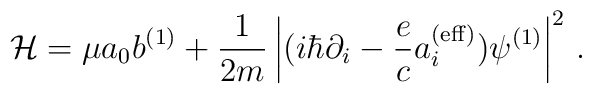
{\cal H}= \mu a_0 b^{(1)}+ {1 \over 2m}  \left|(i \hbar \partial_i - {e\over c} a_i^{({\rm eff})} )\psi^{(1)} \right|^2\,.